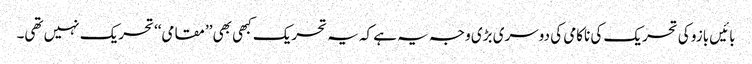
بائیں بازو کی تحریک کی ناکامی کی دوسری بڑی وجہ یہ ہے کہ یہ تحریک کبھی بھی ’’مقامی‘‘ تحریک نہیں تھی۔